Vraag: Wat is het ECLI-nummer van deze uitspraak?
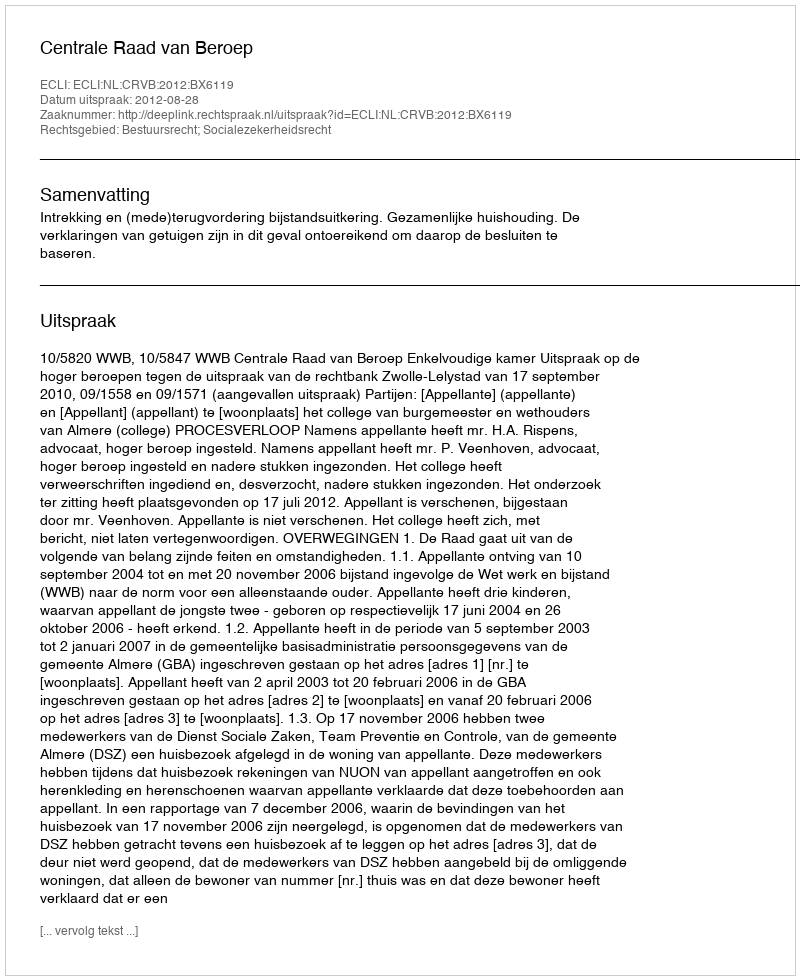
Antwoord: ECLI:NL:CRVB:2012:BX6119